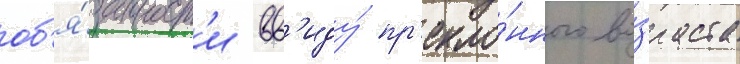
об'я́занност'и вв'иду́ пр'екло́нного во́зраста